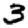
Digit: 3